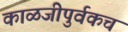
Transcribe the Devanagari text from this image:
काळजीपुर्वकच